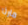
مارثا